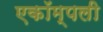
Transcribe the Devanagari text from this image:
एकॉम्पली